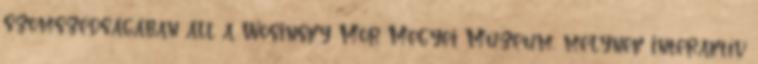
szomszédságában áll a Wosinsky Mór Megyei Múzeum, melynek interaktív